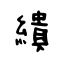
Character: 繢